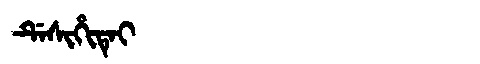
Manchu: ᡩᡝᠰᡳᡥᡳᡨᡝᡳ
Romanization: DESIHITEI